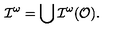
{ \cal I } ^ { \omega } = \bigcup { \cal I } ^ { \omega } ( { \cal O } ) .